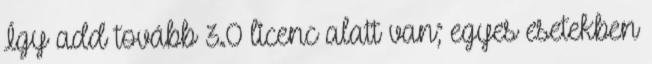
Így add tovább 3.0 licenc alatt van; egyes esetekben